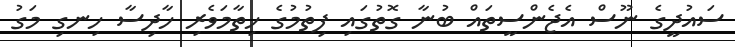
ސައުދީގެ ނޫސް އެޖެންސީތައް ބުނާ ގޮތުގައި ފިތުމުގެ ހިތާމަވެރި ހާދިސާ ހިނގި މަގު